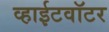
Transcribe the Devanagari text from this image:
व्हाईटवॉटर